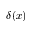
\delta ( x )